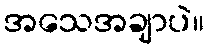
အသေအချာပဲ။